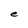
Character: e